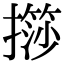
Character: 𢶌